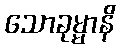
သောခုမ္မာနိ